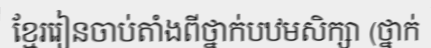
ខ្មែររៀនចាប់តាំងពីថ្នាក់បឋមសិក្សា (ថ្នាក់